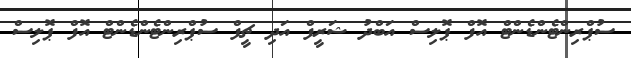
ސުޕްރިންޓެންޑެންޓް އޮފް ޕޮލިސް އަބްދު ޝަރީފް އަދި ޗީފް ސުޕްރިންޓެންޑެންޓް އޮފް ޕޮލިސް